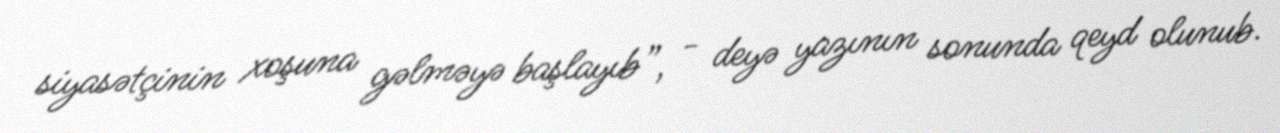
siyasətçinin xoşuna gəlməyə başlayıb”, - deyə yazının sonunda qeyd olunub.